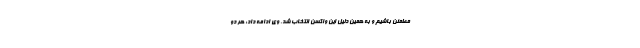
مطمئن باشیم و به همین دلیل این واکسن انتخاب شد. وی ادامه داد: هر دو